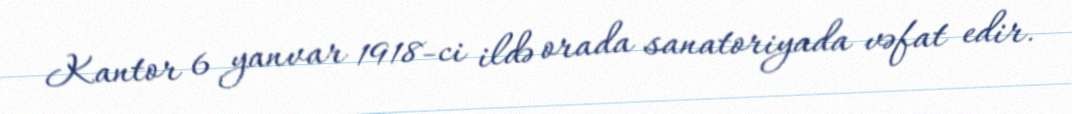
Kantor 6 yanvar 1918-ci ildə orada sanatoriyada vəfat edir.